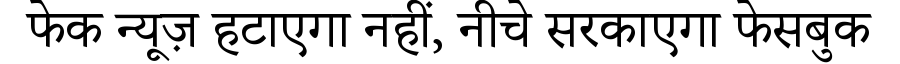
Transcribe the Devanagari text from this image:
फेक न्यूज़ हटाएगा नहीं, नीचे सरकाएगा फेसबुक